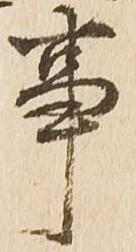
事